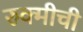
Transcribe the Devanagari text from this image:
रुक्मीची